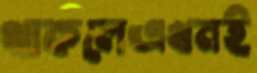
থাকলেএখনই